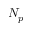
N _ { p }